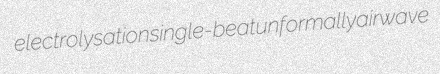
electrolysation single-beat unformally airwave